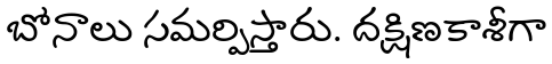
బోనాలు సమర్పిస్తారు. దక్షిణకాశీగా